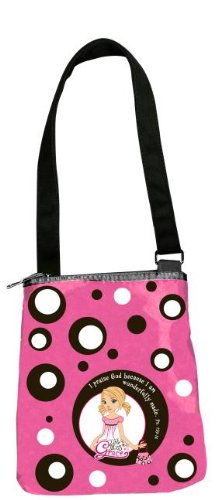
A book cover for I Praise God Canvas Medium Pink/Black Bible Cover; Christian Books & Bibles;